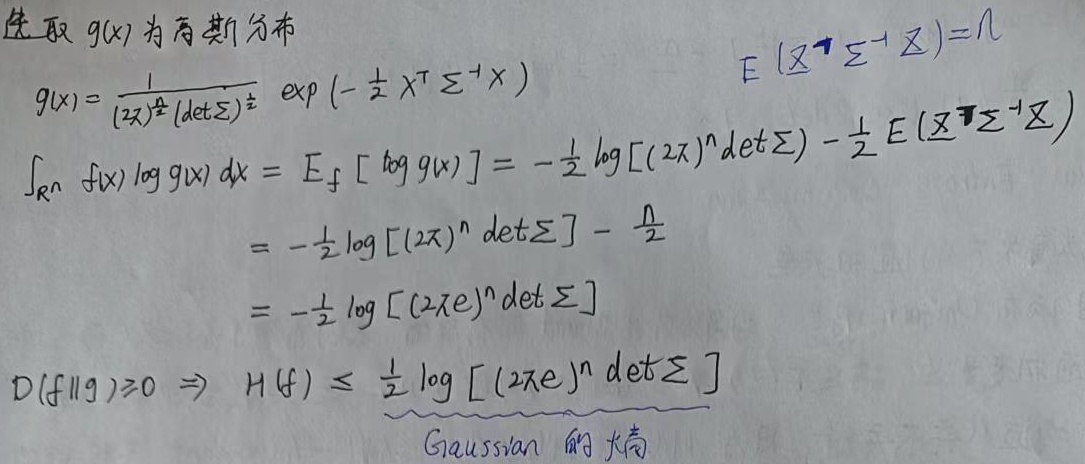
先取 \(g(x)\) 为高斯分布
\[g(x)=\frac{1}{(2\pi)^{\frac{n}{2}}(\det\Sigma)^{\frac{1}{2}}}\exp\left(-\frac{1}{2}x^{T}\Sigma^{-1}x\right)\]

\[
\begin{align*}
\int_{\mathbb{R}^{n}}f(x)\log g(x)dx&=E_{f}[\log g(x)]\\
&=-\frac{1}{2}\log[(2\pi)^{n}\det\Sigma]-\frac{1}{2}E(x^{T}\Sigma^{-1}x)\\
&=-\frac{1}{2}\log[(2\pi)^{n}\det\Sigma]-\frac{n}{2}\\
&=-\frac{1}{2}\log[(2\pi e)^{n}\det\Sigma]
\end{align*}
\]

\[D(f||g)\geq0\Rightarrow H(f)\leq\frac{1}{2}\log[(2\pi e)^{n}\det\Sigma]\]

Gaussian 的熵